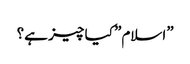
”اسلام” کیا چیز ہے؟